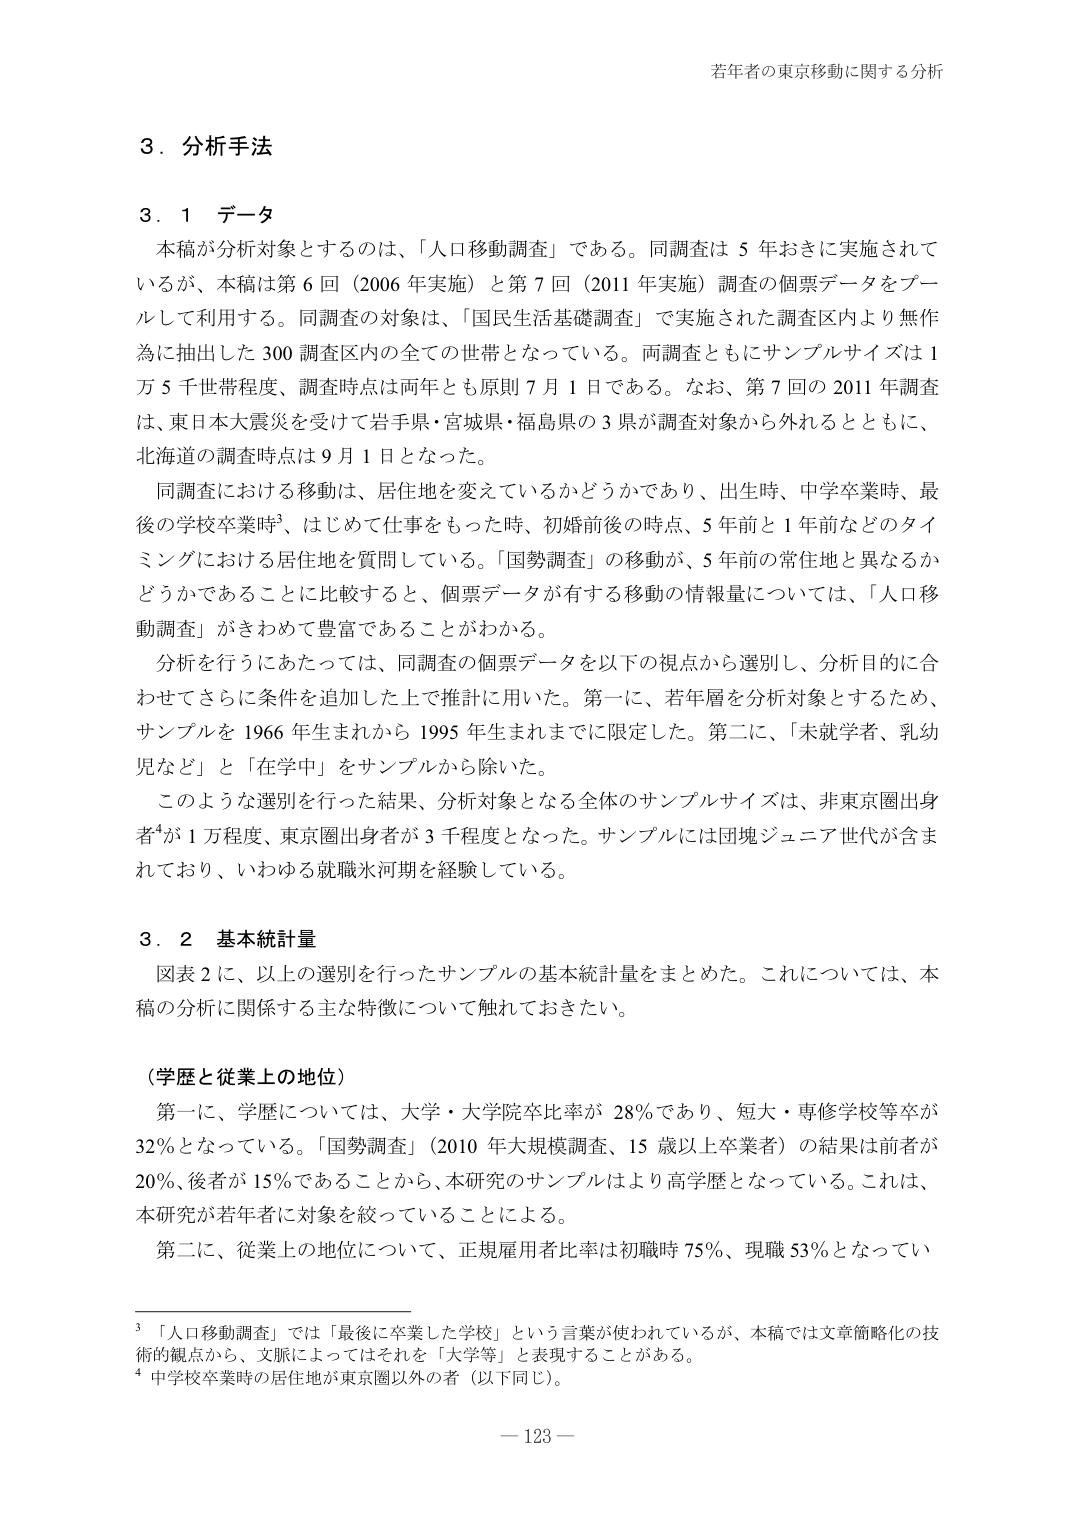
若年者の東京移動に関する分析

３．分析手法

３．１ データ

本稿が分析対象とするのは、「人口移動調査」である。同調査は５年おきに実施されているが、本稿は第６回（2006年実施）と第７回（2011年実施）調査の個票データをプールして利用する。同調査の対象は、「国民生活基礎調査」で実施された調査区内より無作為に抽出した300調査区内の全ての世帯となっている。両調査ともにサンプルサイズは1万5千世帯程度、調査時点は両年とも原則7月1日である。なお、第7回の2011年調査は、東日本大震災を受けて岩手県・宮城県・福島県の3県が調査対象から外れるとともに、北海道の調査時点は9月1日となった。

同調査における移動は、居住地を変えているかどうかであり、出生時、中学卒業時、最後の学校卒業時³、はじめて仕事をもった時、初婚前後の時点、5年前と1年前などのタイミングにおける居住地を質問している。「国勢調査」の移動が、5年前の常住地と異なるかどうかであることに比較すると、個票データが有する移動の情報量については、「人口移動調査」がきわめて豊富であることがわかる。

分析を行うにあたっては、同調査の個票データを以下の視点から選別し、分析目的に合わせてさらに条件を追加した上で推計に用いた。第一に、若年層を分析対象とするため、サンプルを1966年生まれから1995年生まれまでに限定した。第二に、「未就学者、乳幼児など」と「在学中」をサンプルから除いた。

このような選別を行った結果、分析対象となる全体のサンプルサイズは、非東京圏出身者⁴が1万程度、東京圏出身者が3千程度となった。サンプルには団塊ジュニア世代が含まれており、いわゆる就職氷河期を経験している。

３．２ 基本統計量

図表2に、以上の選別を行ったサンプルの基本統計量をまとめた。これについては、本稿の分析に関係する主な特徴について触れておきたい。

（学歴と従業上の地位）

第一に、学歴については、大学・大学院卒比率が28％であり、短大・専修学校等卒が32％となっている。「国勢調査」（2010年大規模調査、15歳以上卒業者）の結果は前者が20％、後者が15％であることから、本研究のサンプルはより高学歴となっている。これは、本研究が若年者を対象に絞っていることによる。

第二に、従業上の地位について、正規雇用者比率は初職時75％、現職53％となってい

³ 「人口移動調査」では「最後に卒業した学校」という言葉が使われているが、本稿では文章簡略化の技術的観点から、文脈によってはそれを「大学等」と表現することがある。

⁴ 中学校卒業時の居住地が東京圏以外の者（以下同じ）。

— 123 —